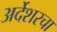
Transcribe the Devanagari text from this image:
अर्देशरचा